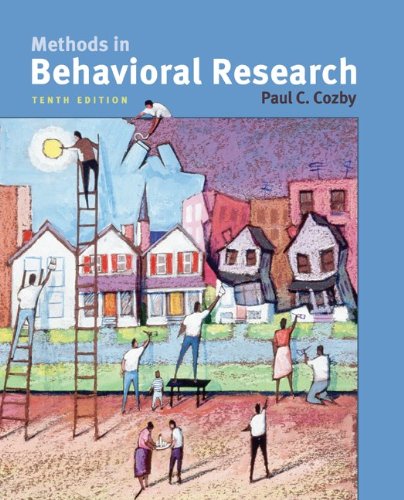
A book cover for Methods in Behavioral Research; Paul Cozby; Medical Books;